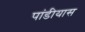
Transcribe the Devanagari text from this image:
पांडीयास